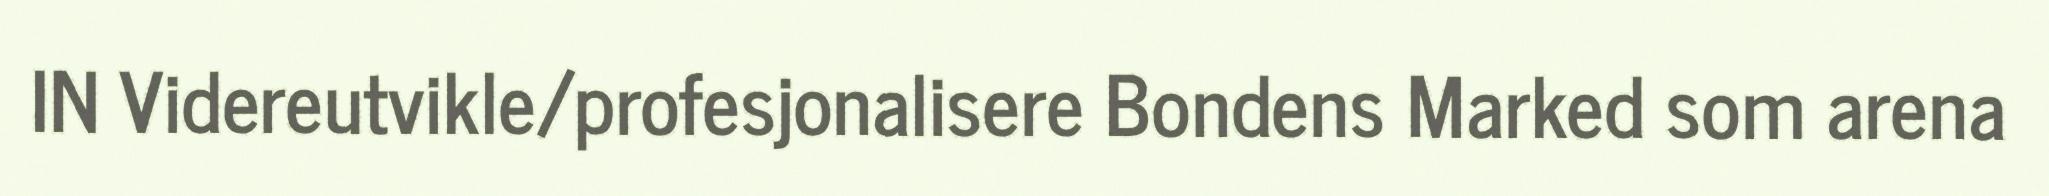
IN Videreutvikle/profesjonalisere Bondens Marked som arena